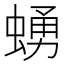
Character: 𧍛